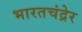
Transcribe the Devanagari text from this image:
भारतचंद्रेर